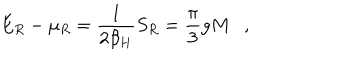
E _ { R } - \mu _ { R } = { \frac { 1 } { 2 \beta _ { H } } } S _ { R } = { \frac { \pi } { 3 } } g M ,